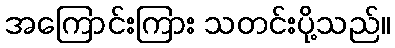
အကြောင်းကြား သတင်းပို့သည်။